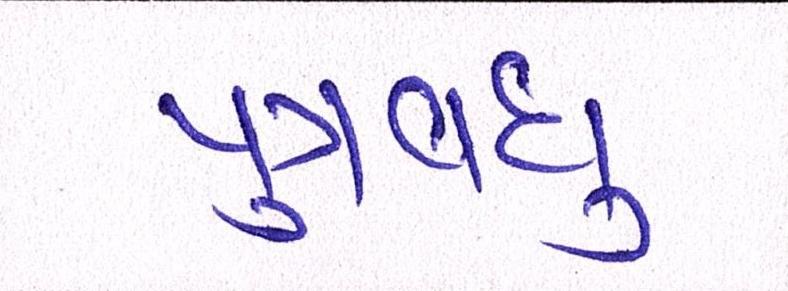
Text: પુત્રવધુ